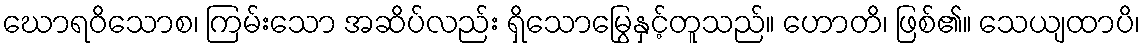
ဃောရဝိသောစ၊ ကြမ်းသော အဆိပ်လည်း ရှိသောမြွေနှင့်တူသည်။ ဟောတိ၊ ဖြစ်၏။ သေယျထာပိ၊